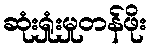
ဆုံးရှုံးမှုတန်ဖိုး